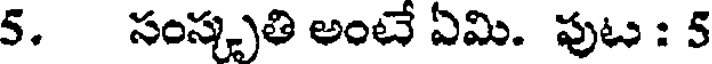
5. సంస్కృతి అంటే ఏమి. పుట : 5